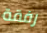
رفقة